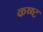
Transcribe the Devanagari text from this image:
कष्ष्ट